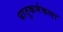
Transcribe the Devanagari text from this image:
धातुकर्मकला